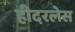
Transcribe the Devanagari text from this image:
हीदरलेस